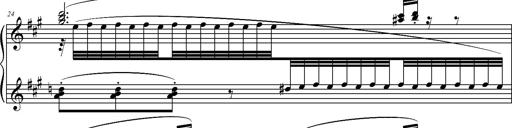
Title: 2 LÃ©gendes
Composer: Franz Liszt